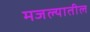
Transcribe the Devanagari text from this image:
मजल्यातील